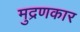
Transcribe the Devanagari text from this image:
मुद्रणकार